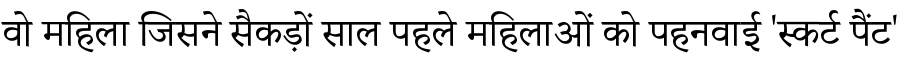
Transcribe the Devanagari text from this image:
वो महिला जिसने सैकड़ों साल पहले महिलाओं को पहनवाई 'स्कर्ट पैंट'